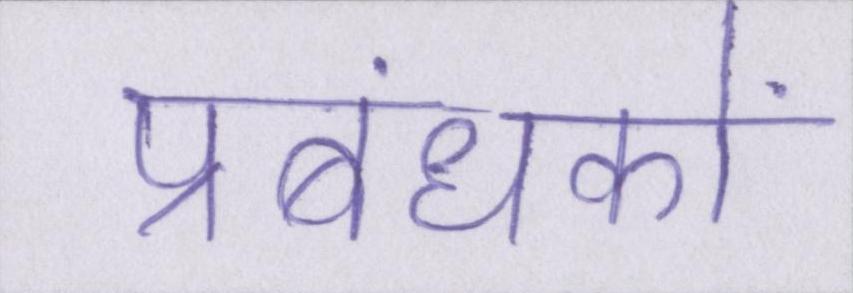
प्रबंधकों